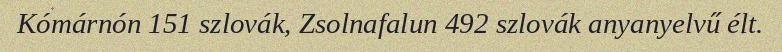
Kómárnón 151 szlovák, Zsolnafalun 492 szlovák anyanyelvű élt.